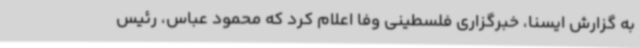
به گزارش ایسنا، خبرگزاری فلسطینی وفا اعلام کرد که محمود عباس، رئیس